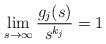
LaTeX: \begin{align*} \lim_{s\to \infty} \frac{g_j(s)}{s^{k_j}} = 1 \end{align*}